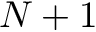
N + 1